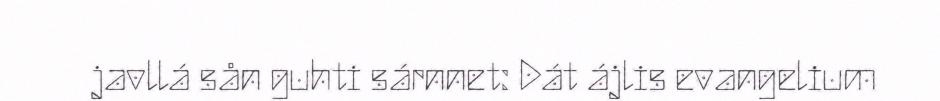
javllá sån guhti sárnnet: Dát ájlis evangelium